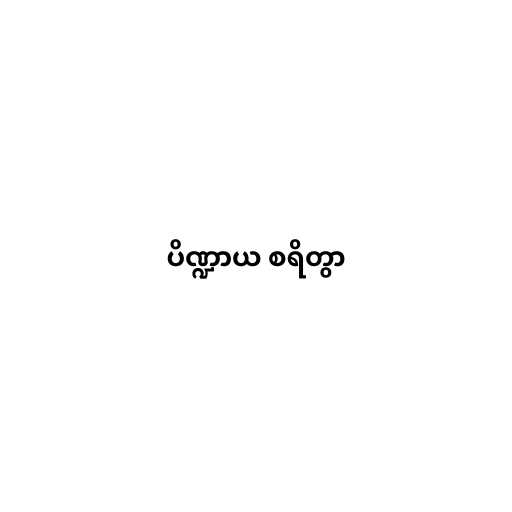
ပိဏ္ဍာယ စရိတွာ